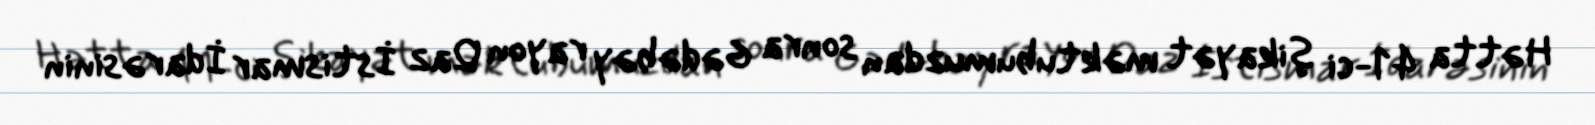
Hətta 41-ci şikayət məktubumuzdan sonra Gədəbəy rayon Qaz İstismar İdarəsinin